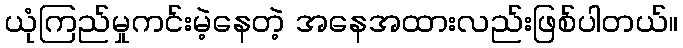
ယုံကြည်မှုကင်းမဲ့နေတဲ့ အနေအထားလည်းဖြစ်ပါတယ်။